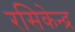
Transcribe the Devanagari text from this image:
रसिकेन्द्र